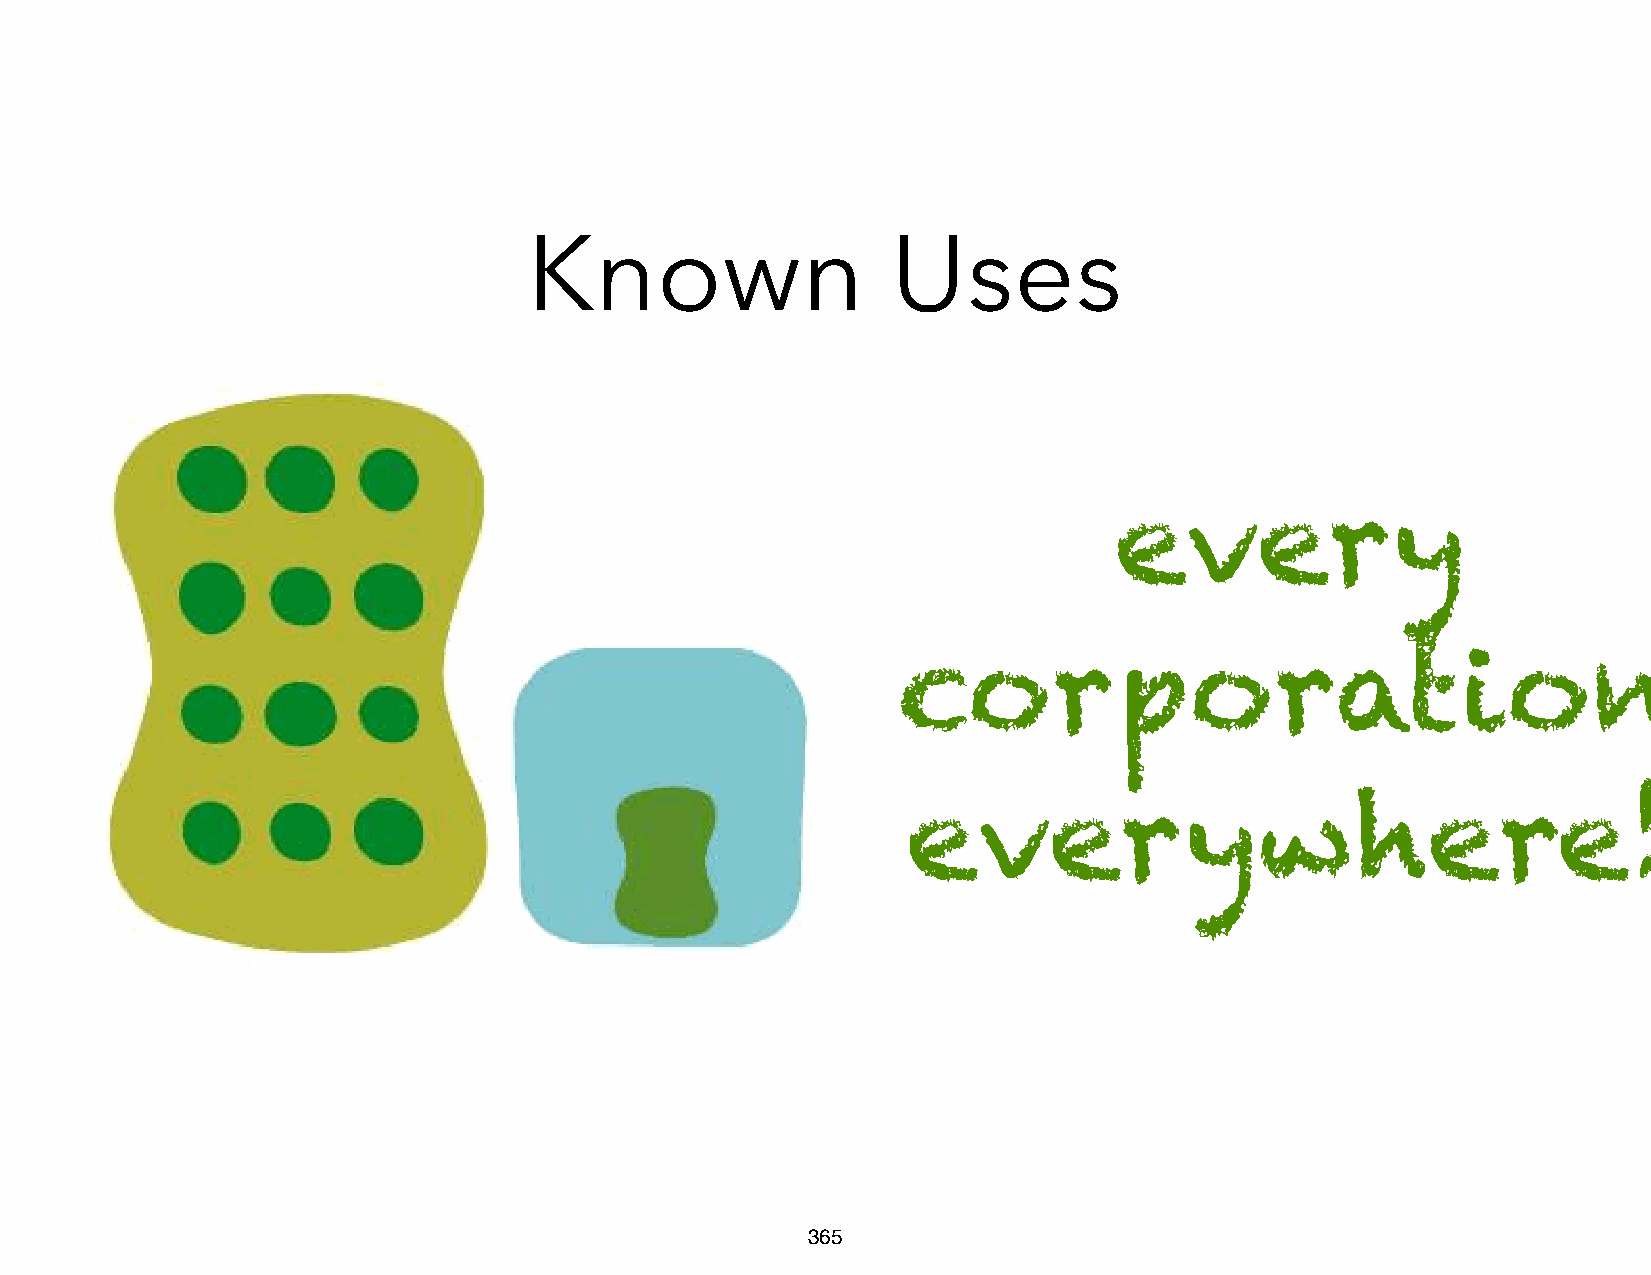
Known                   Uses
 every
 corporation
 everywhere!
 365